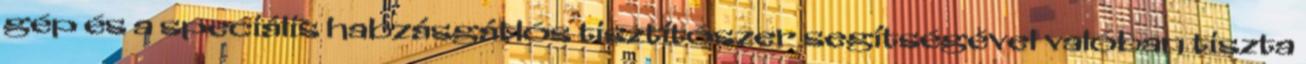
gép és a speciális habzásgátlós tisztítószer segítségével valóban tiszta